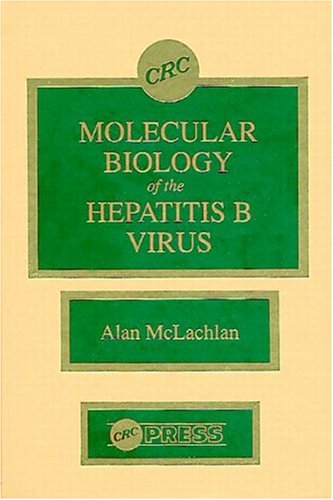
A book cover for Molecular Biology of the Hepatitis B Virus; Alan McLachlan; Medical Books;